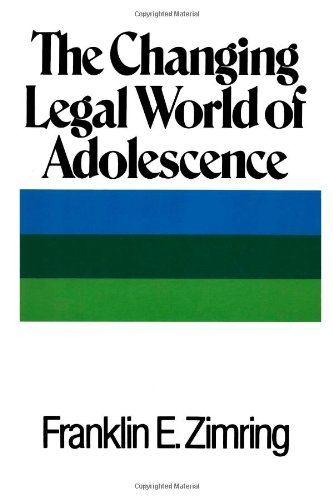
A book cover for The Changing Legal World of Adolescence; Franklin E. Zimring; Law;